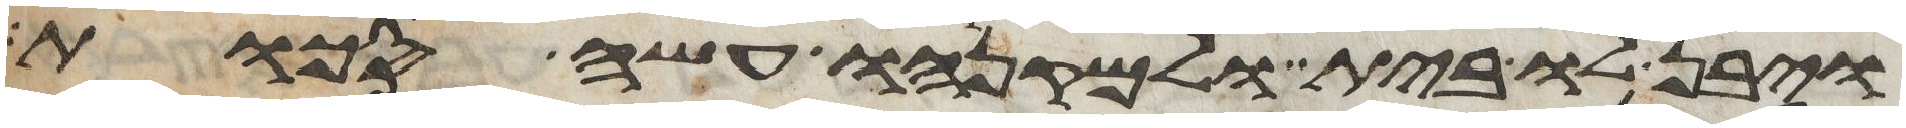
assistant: ויבן לו בית ולמקנהו עשה סכות